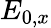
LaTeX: E_{0,x}